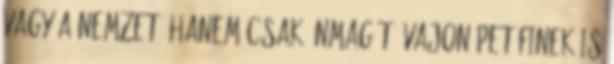
vagy a nemzet, hanem csak önmagát. Vajon Petőfinek is